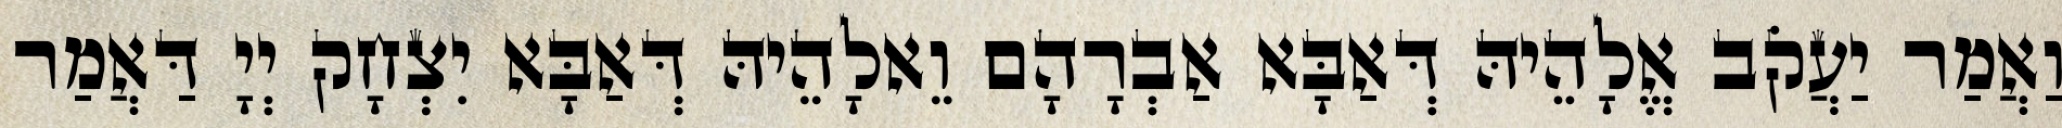
וַאֲמַר יַעֲקֹב אֱלָהֵיהּ דְּאַבָּא אַבְרָהָם וֵאלָהֵיהּ דְּאַבָּא יִצְחָק יְיָ דַּאֲמַר